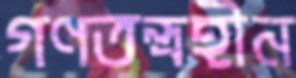
গণতন্ত্রহীন